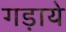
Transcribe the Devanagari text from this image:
गड़ाये